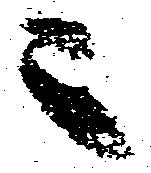
ニ